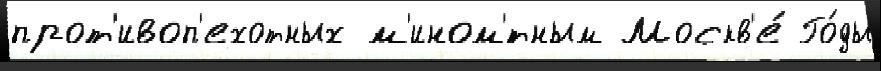
прот'ивоп'ехотных м'ином'́тным Москв'е́ Го́ды